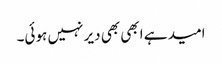
امید ہے ابھی بھی دیر نہیں ہوئی۔